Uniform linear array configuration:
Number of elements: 16
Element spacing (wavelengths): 0.25
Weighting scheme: blackman
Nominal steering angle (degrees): -45
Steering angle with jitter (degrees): -44.91
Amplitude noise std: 0.05
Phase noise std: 0.05

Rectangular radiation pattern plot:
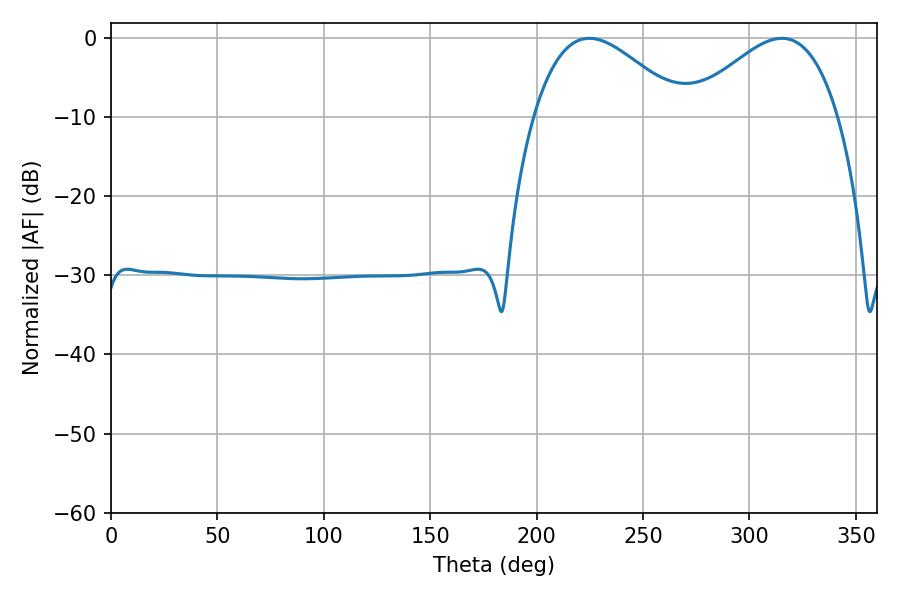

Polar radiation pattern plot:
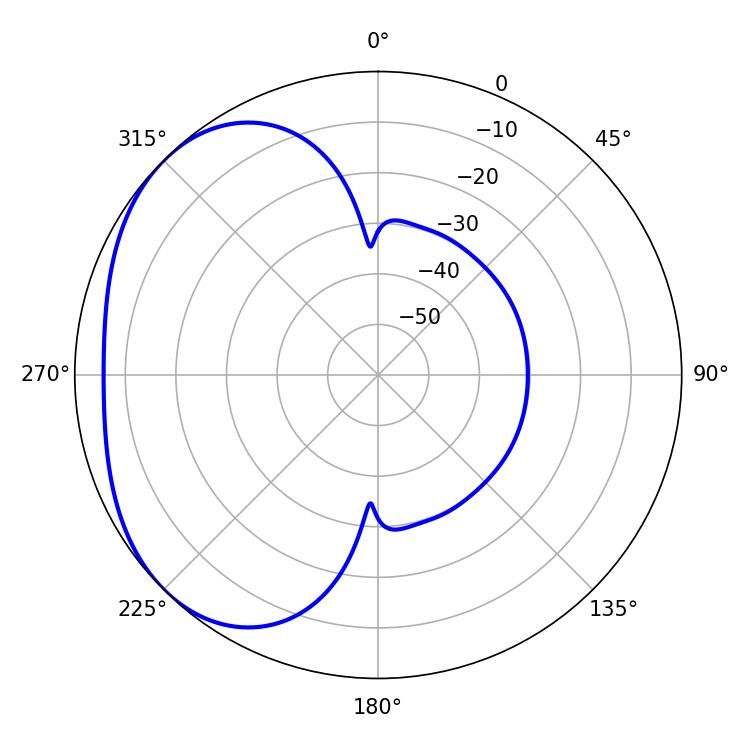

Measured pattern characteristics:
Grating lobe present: FALSE
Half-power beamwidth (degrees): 37.98
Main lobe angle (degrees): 224.82